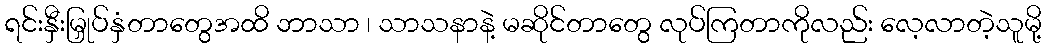
ရင်းနှီးမြှုပ်နှံတာတွေအထိ ဘာသာ ၊ သာသနာနဲ့ မဆိုင်တာတွေ လုပ်ကြတာကိုလည်း လေ့လာတဲ့သူမို့